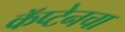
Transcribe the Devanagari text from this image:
कॅप्टेनचा